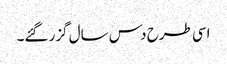
اسی طرح دس سال گزر گئے۔